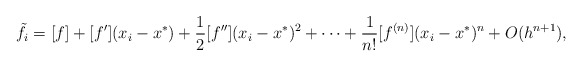
\begin{align*}\begin{aligned}\tilde{f}_i&=[f]+[f'](x_i-x^*)+\frac{1}{2}[f''](x_i-x^*)^2+\cdots+\frac{1}{n!}[f^{(n)}](x_i-x^*)^n+O(h^{n+1}),\end{aligned}\end{align*}